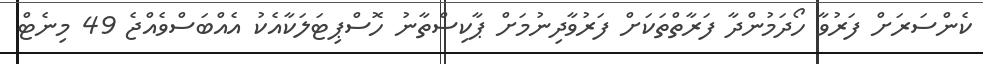
ކެންސަރަށް ފަރުވާ ހޯދަމުންދާ ފަރާތްތަކަށް ފަރުވާދިނުމަށް ޕާކިސްތާނު ހޮސްޕިޓަލަކާއެކު އެއްބަސްވެއްޖެ 49 މިނެޓް